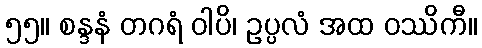
၅၅။ စန္ဒနံ တဂရံ ဝါပိ၊ ဥပ္ပလံ အထ ဝဿိကီ။